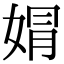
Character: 𡝭